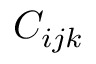
C _ { i j k }